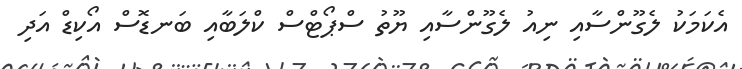
އެކަމަކު ލެގޫންސާއި ނިއު ލެގޫންސާއި ޔޫތު ސްޕޯޓްސް ކްލަބާއި ބަނޑޮސް އޯކިޑް އަދި